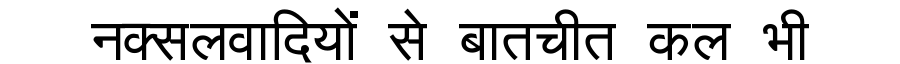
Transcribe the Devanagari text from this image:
नक्सलवादियों से बातचीत कल भी